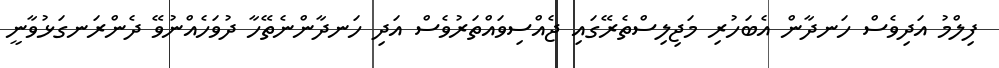
ފިލްމު އަދިވެސް ހަނދާން އެބަހުރި މަޖިލިސްތެރޭގައި ޖެއްސިވައްތަރުވެސް އަދި ހަނދާންނެތޭހާ ދުވަހެއްނުވޭ ދެންރަނގަޅުވާނީ